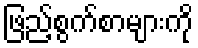
ဖြည့်စွက်စာများကို